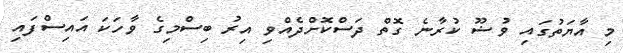
މި އާޔަތުގައި ވުޟޫ ކުރާނެ ގޮތް ދަސްކޮށްދެއްވި އިރު ބިސްމިގެ ވާހަކަ އައިސްފައި